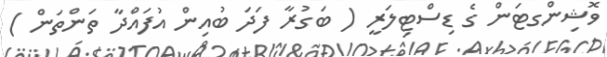
ވޮޝިންގޓަން ގެ ޑިސްޓިލަރީ ( ބަގުރާ ފަދަ ބުއިން އުފައްދާ ތަންތަން )